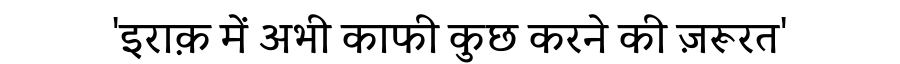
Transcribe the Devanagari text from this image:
'इराक़ में अभी काफी कुछ करने की ज़रूरत'